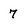
Character: 7